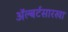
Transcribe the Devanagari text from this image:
अॅल्बर्टसारखा